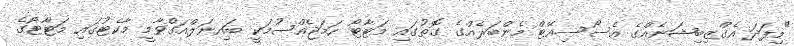
"މިފަދަ އެގްޒިބިޝަނެއްގެ އެސޯސިއޭޓް މެންބަރެއްގެ ގޮތުގައި މަޓާޓޯ ހަމަޖެއްސުމަކީ ބައިނަލްއަގްވާމީ މާކެޓުގައި މަޓާޓޯގެ